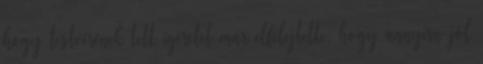
hogy testvérének tett ígéretet már elfelejtette, hogy annyira jól